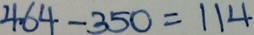
4 6 4 - 3 5 0 = 1 1 4